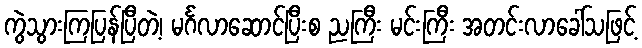
ကွဲသွားကြပြန်ပြီတဲ့၊ မင်္ဂလာဆောင်ပြီးစ ညကြီး မင်းကြီး အတင်းလာခေါ်သဖြင့်